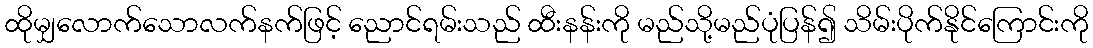
ထိုမျှလောက်သောလက်နက်ဖြင့် ညောင်ရမ်းသည် ထီးနန်းကို မည်သို့မည်ပုံပြန်၍ သိမ်းပိုက်နိုင်ကြောင်းကို